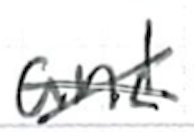
Text: and
Cross-out: cross
Writing tool: ballpoint